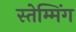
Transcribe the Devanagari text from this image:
स्तेम्मिंग